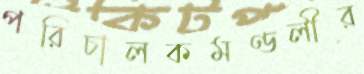
পরিচালকমণ্ডলীর